Indian journal of veterinary science and animal husbandry - Volumes 18-21, 1948-1951
Year: 1948
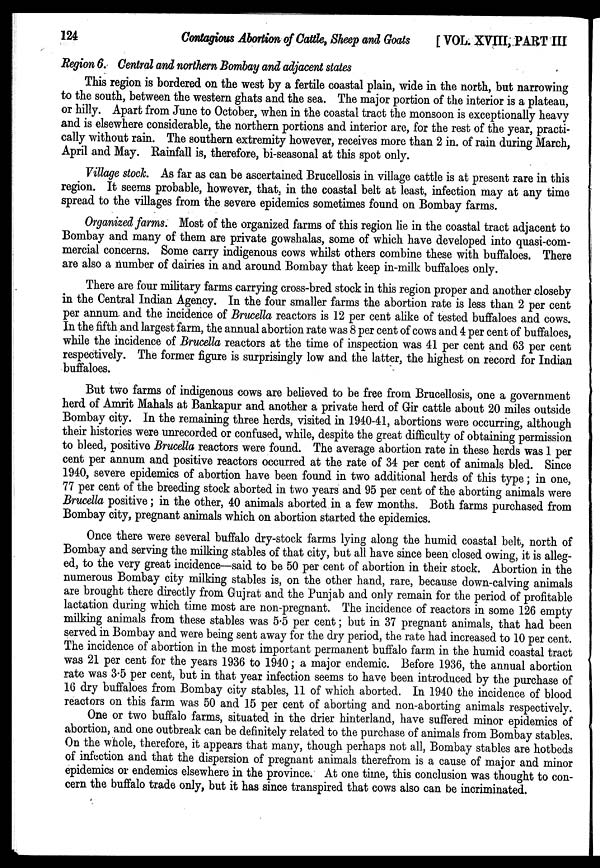
124
Contagious Abortion of Cattle, Sheep and Goats
[ VOL. XVIII, PART III
Region 6. Central and northern Bombay and adjacent states
This region is bordered on the west by a fertile coastal plain, wide in the north, but narrowing
to the south, between the western ghats and the sea. The major portion of the interior is a plateau,
or hilly. Apart from June to October, when in the coastal tract the monsoon is exceptionally heavy
and is elsewhere considerable, the northern portions and interior are, for the rest of the year, practi-
cally without rain. The southern extremity however, receives more than 2 in. of rain during March,
April and May. Rainfall is, therefore, bi-seasonal at this spot only.
Village stock. As far as can be ascertained Brucellosis in village cattle is at present rare in this
region. It seems probable, however, that, in the coastal belt at least, infection may at any time
spread to the villages from the severe epidemics sometimes found on Bombay farms.
Organized farms. Most of the organized farms of this region lie in the coastal tract adjacent to
Bombay and many of them are private gowshalas, some of which have developed into quasi-com-
mercial concerns. Some carry indigenous cows whilst others combine these with buffaloes. There
are also a number of dairies in and around Bombay that keep in-milk buffaloes only.
There are four military farms carrying cross-bred stock in this region proper and another closeby
in the Central Indian Agency. In the four smaller farms the abortion rate is less than 2 per cent
per annum and the incidence of Brucella reactors is 12 per cent alike of tested buffaloes and cows.
In the fifth and largest farm, the annual abortion rate was 8 per cent of cows and 4 per cent of buffaloes,
while the incidence of Brucella reactors at the time of inspection was 41 per cent and 63 per cent
respectively. The former figure is surprisingly low and the latter, the highest on record for Indian
buffaloes.
But two farms of indigenous cows are believed to be free from Brucellosis, one a government
herd of Amrit Mahals at Bankapur and another a private herd of Gir cattle about 20 miles outside
Bombay city. In the remaining three herds, visited in 1940-41, abortions were occurring, although
their histories were unrecorded or confused, while, despite the great difficulty of obtaining permission
to bleed, positive Brucella reactors were found. The average abortion rate in these herds was 1 per
cent per annum and positive reactors occurred at the rate of 34 per cent of animals bled. Since
1940, severe epidemics of abortion have been found in two additional herds of this type; in one,
77 per cent of the breeding stock aborted in two years and 95 per cent of the aborting animals were
Brucella positive; in the other, 40 animals aborted in a few months. Both farms purchased from
Bombay city, pregnant animals which on abortion started the epidemics.
Once there were several buffalo dry-stock farms lying along the humid coastal belt, north of
Bombay and serving the milking stables of that city, but all have since been closed owing, it is alleg-
ed, to the very great incidence—said to be 50 per cent of abortion in their stock. Abortion in the
numerous Bombay city milking stables is, on the other hand, rare, because down-calving animals
are brought there directly from Gujrat and the Punjab and only remain for the period of profitable
lactation during which time most are non-pregnant. The incidence of reactors in some 126 empty
milking animals from these stables was 5.5 per cent; but in 37 pregnant animals, that had been
served in Bombay and were being sent away for the dry period, the rate had increased to 10 per cent.
The incidence of abortion in the most important permanent buffalo farm in the humid coastal tract
was 21 per cent for the years 1936 to 1940; a major endemic. Before 1936, the annual abortion
rate was 3.5 per cent, but in that year infection seems to have been introduced by the purchase of
16 dry buffaloes from Bombay city stables, 11 of which aborted. In 1940 the incidence of blood
reactors on this farm was 50 and 15 per cent of aborting and non-aborting animals respectively.
One or two buffalo farms, situated in the drier hinterland, have suffered minor epidemics of
abortion, and one outbreak can be definitely related to the purchase of animals from Bombay stables.
On the whole, therefore, it appears that many, though perhaps not all, Bombay stables are hotbeds
of infection and that the dispersion of pregnant animals therefrom is a cause of major and minor
epidemics or endemics elsewhere in the province. At one time, this conclusion was thought to con-
cern the buffalo trade only, but it has since transpired that cows also can be incriminated.